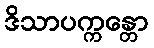
ဒိသာပက္ကန္တော